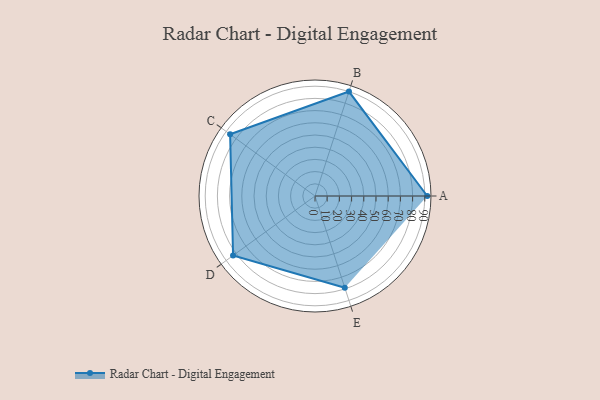
{"axis": {"x": "Skill", "y": "Score"}, "legend": ["Profile"], "data": [{"x": "A", "y": 92.0, "type": "Profile"}, {"x": "B", "y": 90.0, "type": "Profile"}, {"x": "C", "y": 86.0, "type": "Profile"}, {"x": "D", "y": 83.0, "type": "Profile"}, {"x": "E", "y": 79.0, "type": "Profile"}]}